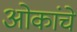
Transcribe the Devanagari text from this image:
ओकांचे